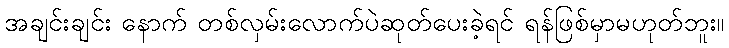
အချင်းချင်း နောက် တစ်လှမ်းလောက်ပဲဆုတ်ပေးခဲ့ရင် ရန်ဖြစ်မှာမဟုတ်ဘူး။